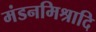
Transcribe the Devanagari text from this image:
मंडनमिश्रादि